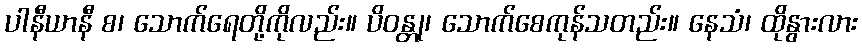
ပါနီယာနီ စ၊ သောက်ရေတို့ကိုလည်း။ ပိဝန္တု၊ သောက်စေကုန်သတည်း။ နေသံ၊ ထိုနွားလား